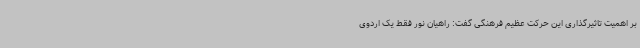
بر اهمیت تاثیرگذاری این حرکت عظیم فرهنگی گفت: راهیان نور فقط یک اردوی